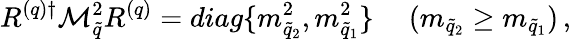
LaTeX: R^{(q)\dagger}{\cal M}_{\tilde{q}}^{2}R^{(q)}=diag\{ m_{\tilde{q}_{2}}^{2},m_{\tilde{q}_{1}}^{2}\} \ \ \ \ \ (m_{\tilde{q}_{2}}\geq m_{\tilde{q}_{1}})\, ,